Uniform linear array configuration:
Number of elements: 64
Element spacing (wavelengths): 0.25
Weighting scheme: hann
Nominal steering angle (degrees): -45
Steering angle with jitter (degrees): -44.39
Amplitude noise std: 0.05
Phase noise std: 0.05

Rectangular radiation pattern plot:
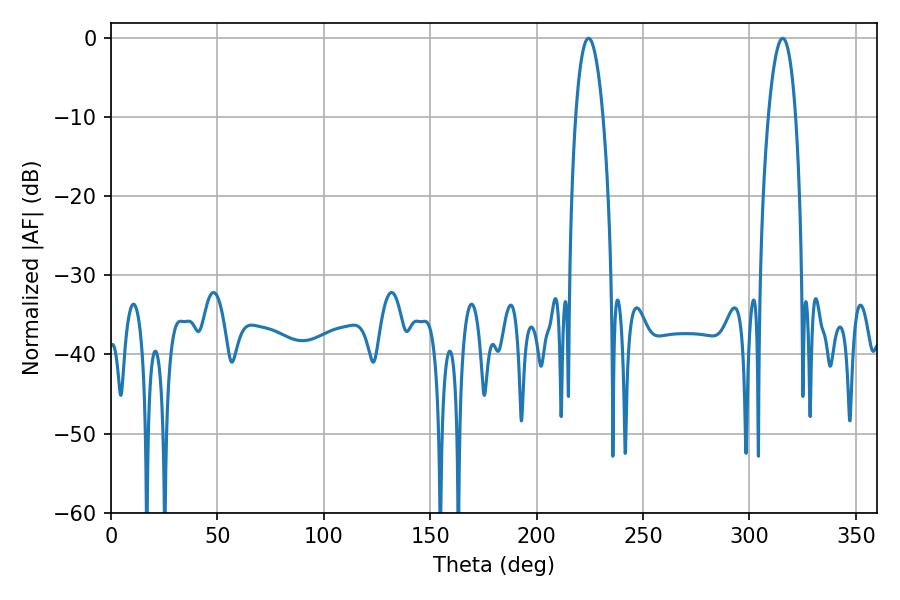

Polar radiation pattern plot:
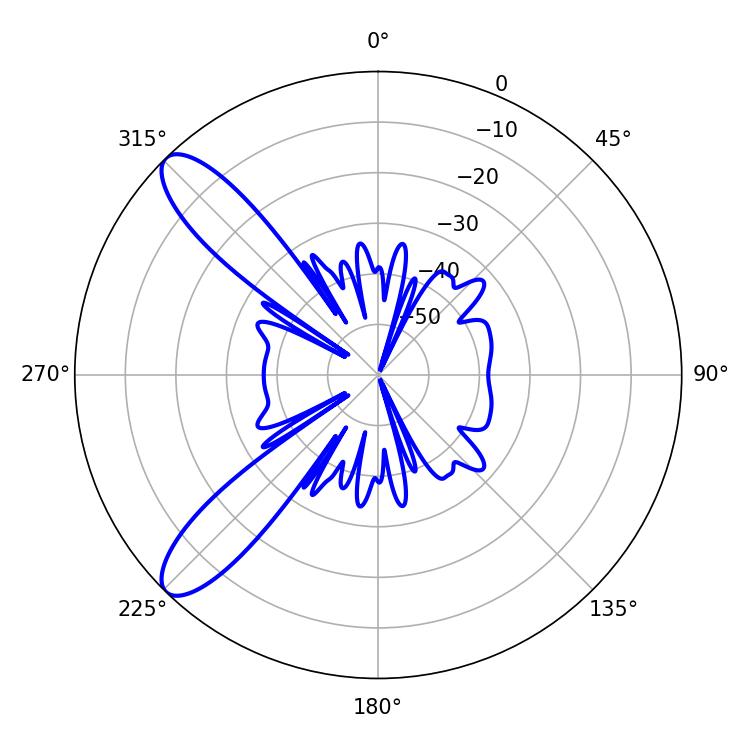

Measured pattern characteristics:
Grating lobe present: FALSE
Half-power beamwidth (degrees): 7.2
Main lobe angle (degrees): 224.46